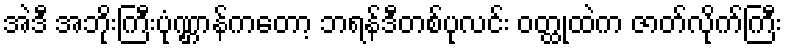
အဲဒီ အဘိုးကြီးပုံဏ္ဌာန်ကတော့ ဘရန်ဒီတစ်ပုလင်း ဝတ္ထုထဲက ဇာတ်လိုက်ကြီး